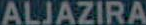
ALJAZIRA